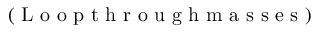
( \textup { L o o p t h r o u g h m a s s e s } )